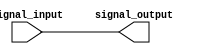
module non_inverting_buffer(
    input wire signal_input,
    output reg signal_output
);

assign signal_output = signal_input;

endmodule